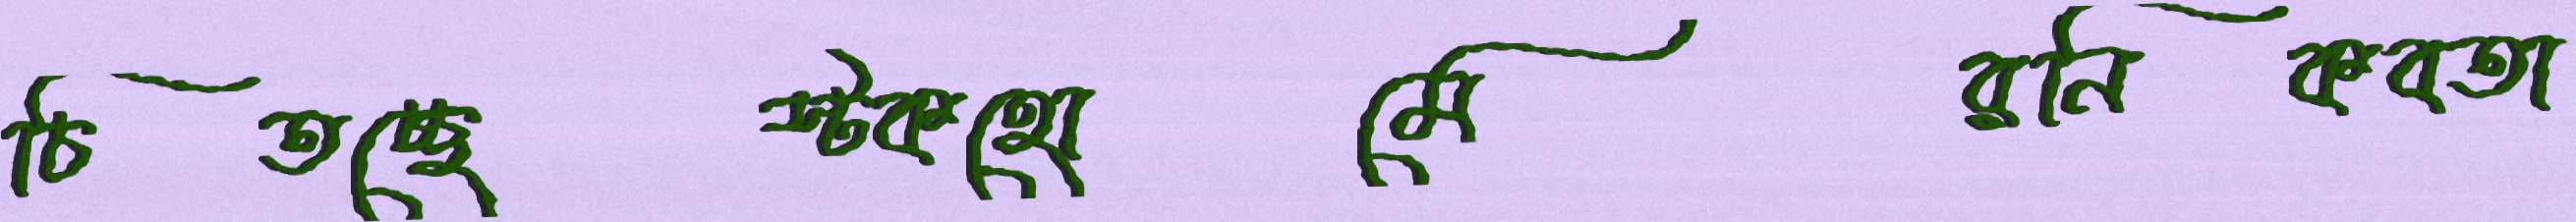
চিতচ্ছেস্টকহোমেরনিকবতা